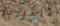
اليوم